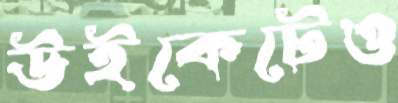
উইকেটেও